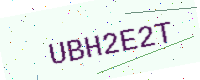
Text: UBH2E2T